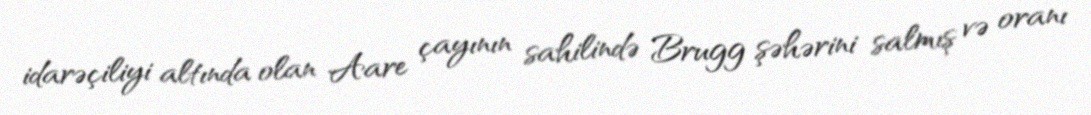
idarəçiliyi altında olan Aare çayının sahilində Brugg şəhərini salmış və oranı